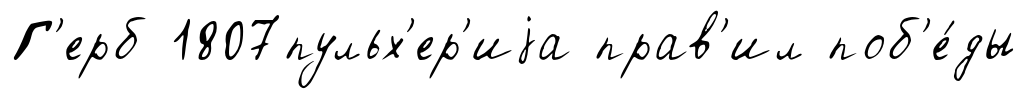
Г'ерб 1807пульх'ер'иjа прав'ил поб'е́ды